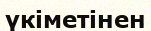
үкіметінен